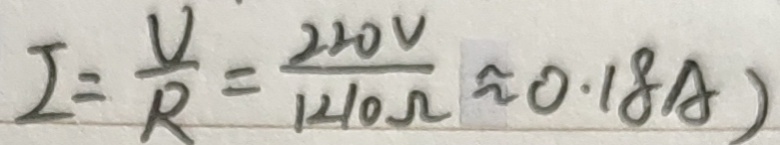
I = \frac { U } { R } = \frac { 2 2 0 V } { 1 2 1 0 \Omega } \approx 0 . 1 8 A )